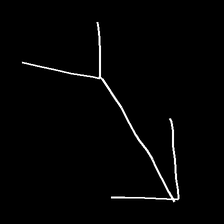
Glyph: gather